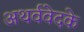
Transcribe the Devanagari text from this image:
अथर्ववेदके